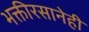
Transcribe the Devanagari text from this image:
भक्तीरसानेही